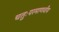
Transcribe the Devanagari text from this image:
चतुःपरमाणवीय